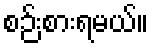
စဉ်းစားရမယ်။